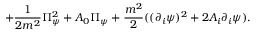
+ { \frac { 1 } { 2 m ^ { 2 } } } \Pi _ { \psi } ^ { 2 } + A _ { 0 } \Pi _ { \psi } + { \frac { m ^ { 2 } } { 2 } } ( ( \partial _ { i } \psi ) ^ { 2 } + 2 A _ { i } \partial _ { i } \psi ) .